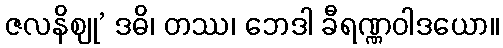
ဇလနိဈု’ ဒဓိ၊ တဿ၊ ဘေဒါ ခီရဏ္ဏဝါဒယော။